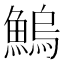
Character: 鰞